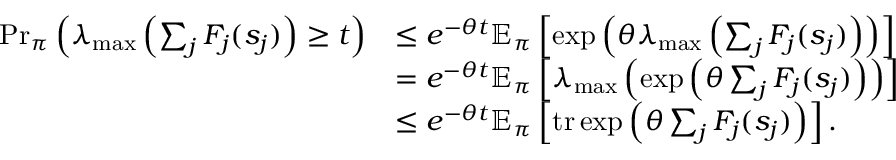
\begin{array} { r l } { \Pr _ { \boldsymbol \pi } \left( \lambda _ { \mathrm { m a x } } \left( \sum _ { j } F _ { j } ( s _ { j } ) \right) \geq t \right) } & { \leq e ^ { - \theta t } \mathbb { E } _ { \boldsymbol \pi } \left[ \exp \left( \theta \lambda _ { \mathrm { m a x } } \left( \sum _ { j } F _ { j } ( s _ { j } ) \right) \right) \right] } \\ & { = e ^ { - \theta t } \mathbb { E } _ { \boldsymbol \pi } \left[ \lambda _ { \mathrm { m a x } } \left( \exp \left( \theta \sum _ { j } F _ { j } ( s _ { j } ) \right) \right) \right] } \\ & { \leq e ^ { - \theta t } \mathbb { E } _ { \boldsymbol \pi } \left[ \operatorname { t r } \exp \left( \theta \sum _ { j } F _ { j } ( s _ { j } ) \right) \right] . } \end{array}